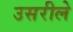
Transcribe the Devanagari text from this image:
उसरीले